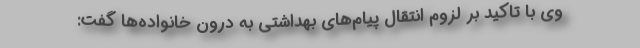
وی با تاکید بر لزوم انتقال پیام‌های بهداشتی به درون خانواده‌ها گفت: